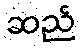
ဆည်